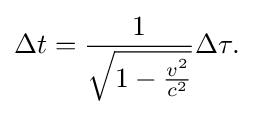
\Delta t={\frac {1}{\sqrt {1-{\tfrac {v^{2}}{c^{2}}}}}}\Delta \tau .\